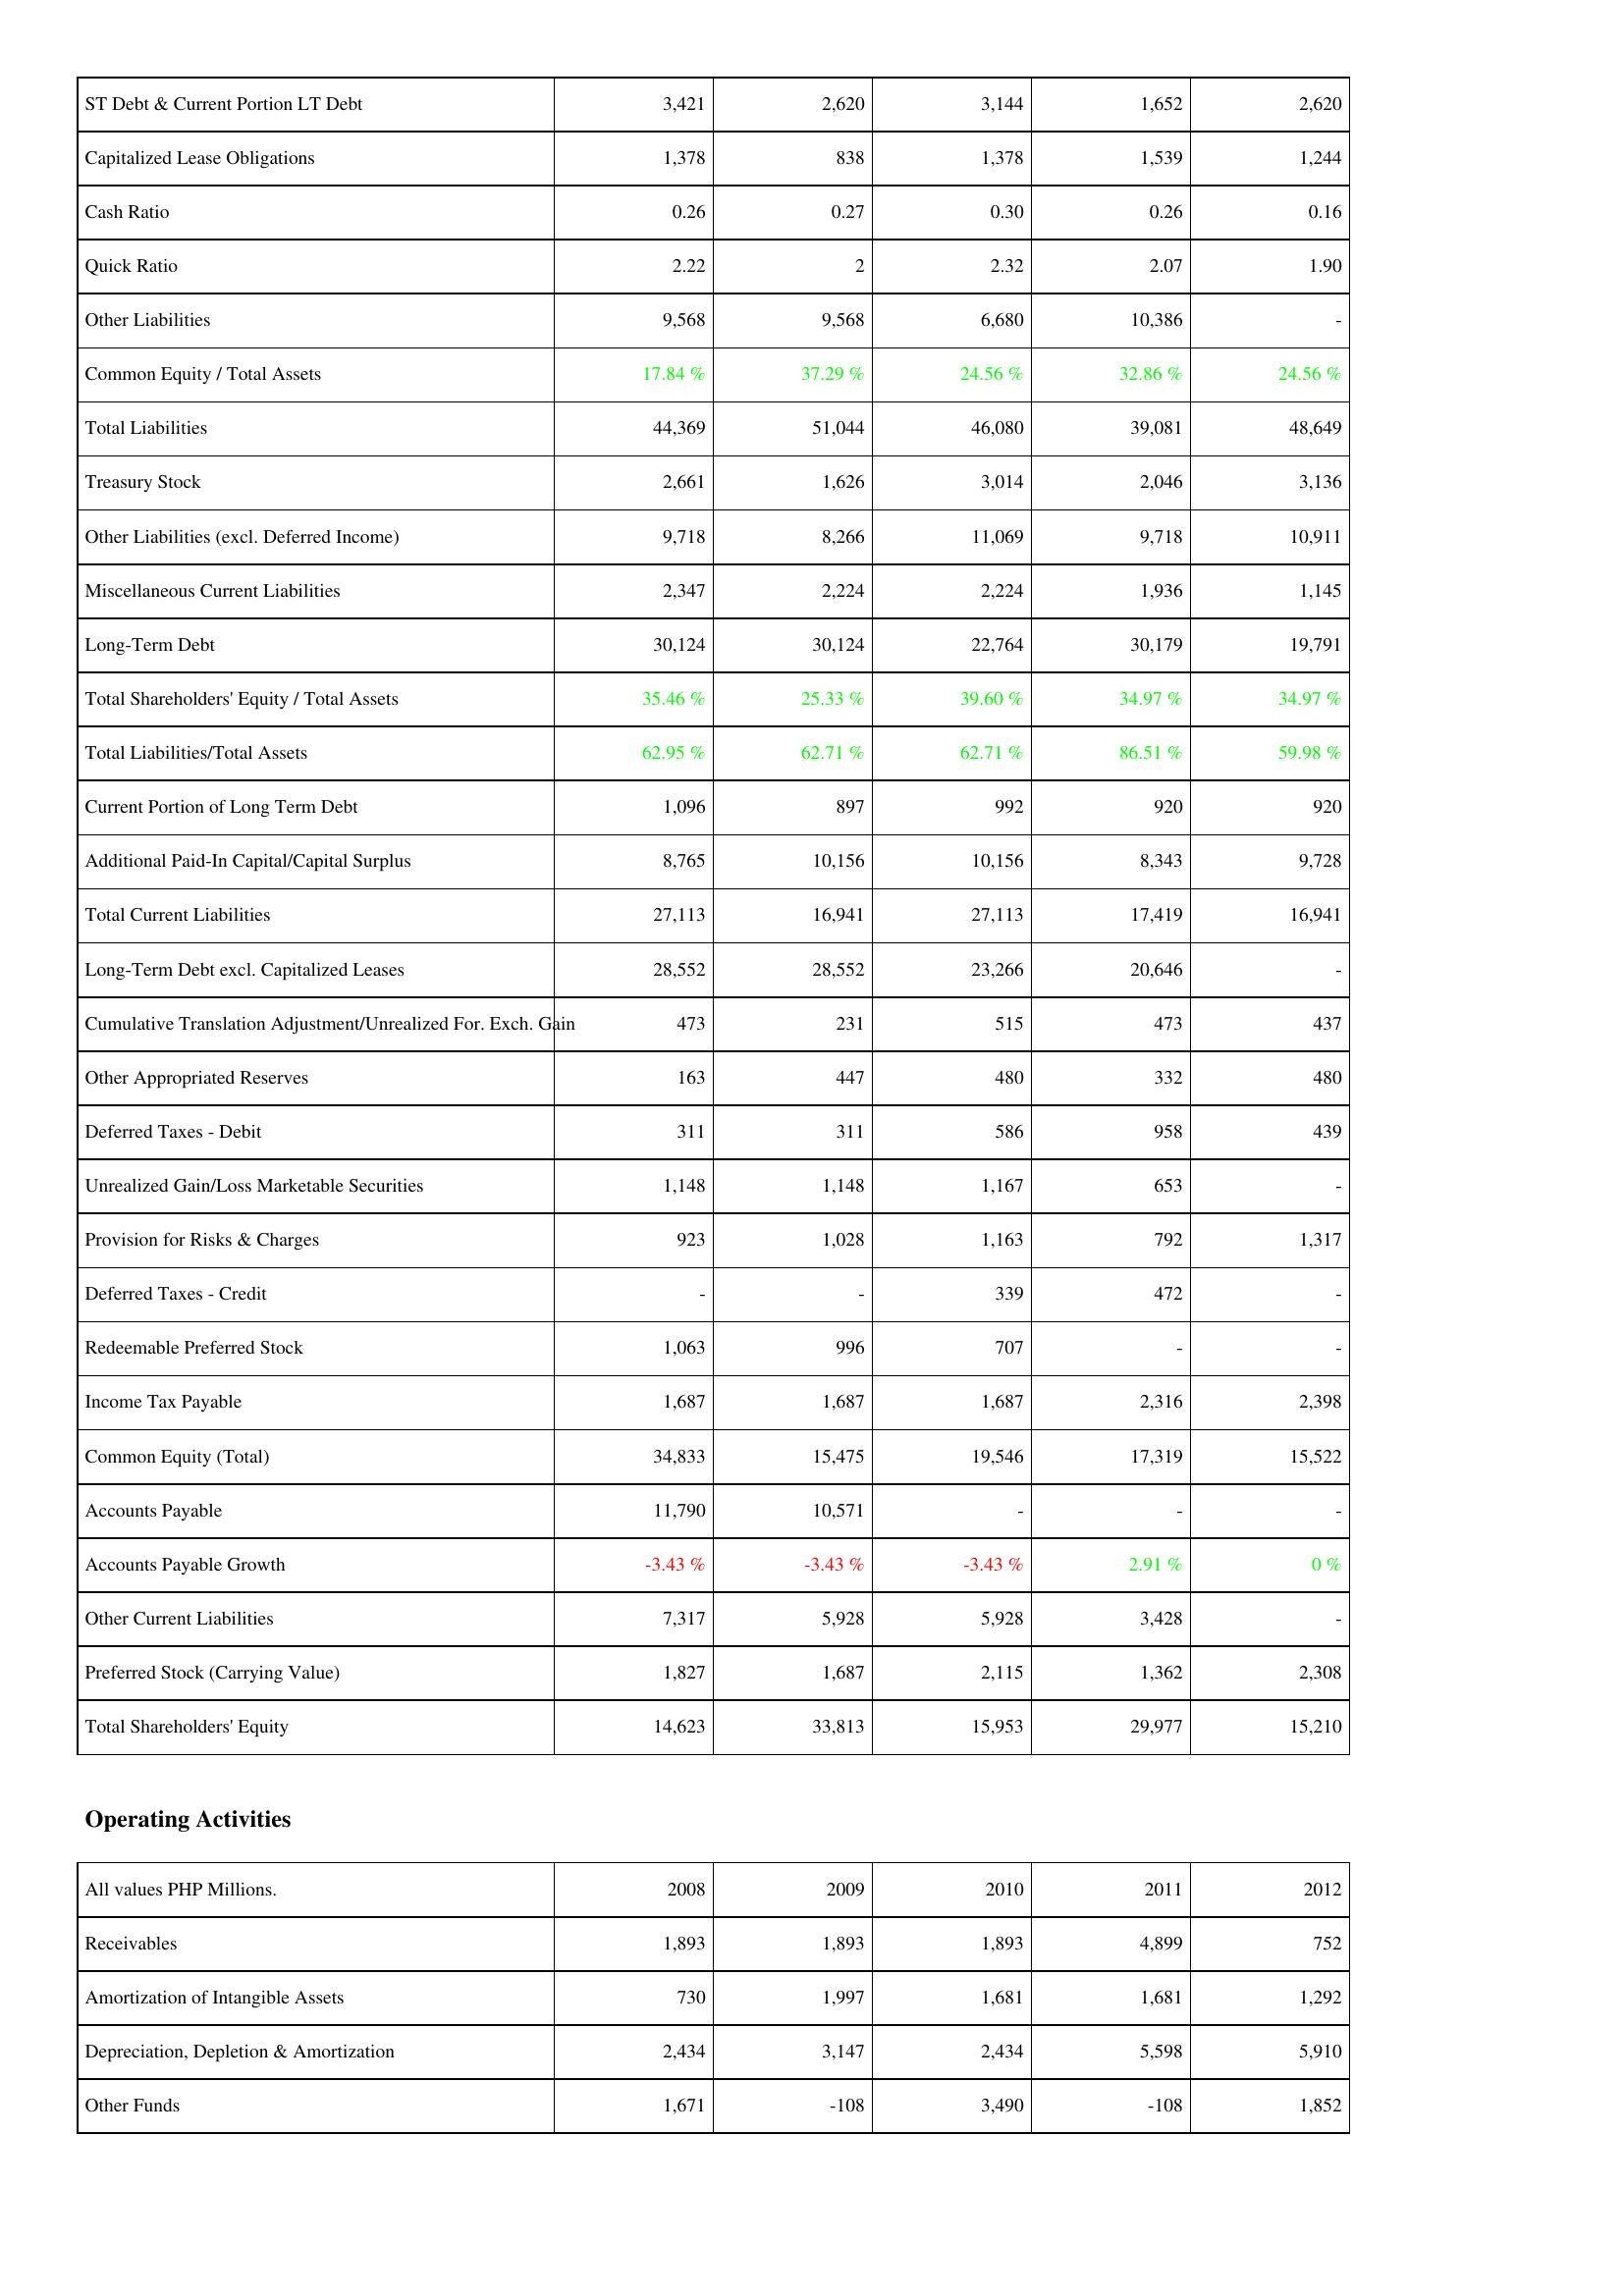
2008: Liabilities & Shareholders' Equity: ST Debt & Current Portion LT Debt: 3,421
Capitalized Lease Obligations: 1,378
Cash Ratio: 0.26
Quick Ratio: 2.22
Other Liabilities: 9,568
Common Equity / Total Assets: 17.84 %
Total Liabilities: 44,369
Treasury Stock: 2,661
Other Liabilities (excl. Deferred Income): 9,718
Miscellaneous Current Liabilities: 2,347
Long-Term Debt: 30,124
Total Shareholders' Equity / Total Assets: 35.46 %
Total Liabilities/Total Assets: 62.95 %
Current Portion of Long Term Debt: 1,096
Additional Paid-In Capital/Capital Surplus: 8,765
Total Current Liabilities: 27,113
Long-Term Debt excl. Capitalized Leases: 28,552
Cumulative Translation Adjustment/Unrealized For. Exch. Gain: 473
Other Appropriated Reserves: 163
Deferred Taxes - Debit: 311
Unrealized Gain/Loss Marketable Securities: 1,148
Provision for Risks & Charges: 923
Deferred Taxes - Credit: -
Redeemable Preferred Stock: 1,063
Income Tax Payable: 1,687
Common Equity (Total): 34,833
Accounts Payable: 11,790
Accounts Payable Growth: -3.43 %
Other Current Liabilities: 7,317
Preferred Stock (Carrying Value): 1,827
Total Shareholders' Equity: 14,623
Operating Activities: Receivables: 1,893
Amortization of Intangible Assets: 730
Depreciation, Depletion & Amortization: 2,434
Other Funds: 1,671
2009: Liabilities & Shareholders' Equity: ST Debt & Current Portion LT Debt: 2,620
Capitalized Lease Obligations: 838
Cash Ratio: 0.27
Quick Ratio: 2
Other Liabilities: 9,568
Common Equity / Total Assets: 37.29 %
Total Liabilities: 51,044
Treasury Stock: 1,626
Other Liabilities (excl. Deferred Income): 8,266
Miscellaneous Current Liabilities: 2,224
Long-Term Debt: 30,124
Total Shareholders' Equity / Total Assets: 25.33 %
Total Liabilities/Total Assets: 62.71 %
Current Portion of Long Term Debt: 897
Additional Paid-In Capital/Capital Surplus: 10,156
Total Current Liabilities: 16,941
Long-Term Debt excl. Capitalized Leases: 28,552
Cumulative Translation Adjustment/Unrealized For. Exch. Gain: 231
Other Appropriated Reserves: 447
Deferred Taxes - Debit: 311
Unrealized Gain/Loss Marketable Securities: 1,148
Provision for Risks & Charges: 1,028
Deferred Taxes - Credit: -
Redeemable Preferred Stock: 996
Income Tax Payable: 1,687
Common Equity (Total): 15,475
Accounts Payable: 10,571
Accounts Payable Growth: -3.43 %
Other Current Liabilities: 5,928
Preferred Stock (Carrying Value): 1,687
Total Shareholders' Equity: 33,813
Operating Activities: Receivables: 1,893
Amortization of Intangible Assets: 1,997
Depreciation, Depletion & Amortization: 3,147
Other Funds: -108
2010: Liabilities & Shareholders' Equity: ST Debt & Current Portion LT Debt: 3,144
Capitalized Lease Obligations: 1,378
Cash Ratio: 0.30
Quick Ratio: 2.32
Other Liabilities: 6,680
Common Equity / Total Assets: 24.56 %
Total Liabilities: 46,080
Treasury Stock: 3,014
Other Liabilities (excl. Deferred Income): 11,069
Miscellaneous Current Liabilities: 2,224
Long-Term Debt: 22,764
Total Shareholders' Equity / Total Assets: 39.60 %
Total Liabilities/Total Assets: 62.71 %
Current Portion of Long Term Debt: 992
Additional Paid-In Capital/Capital Surplus: 10,156
Total Current Liabilities: 27,113
Long-Term Debt excl. Capitalized Leases: 23,266
Cumulative Translation Adjustment/Unrealized For. Exch. Gain: 515
Other Appropriated Reserves: 480
Deferred Taxes - Debit: 586
Unrealized Gain/Loss Marketable Securities: 1,167
Provision for Risks & Charges: 1,163
Deferred Taxes - Credit: 339
Redeemable Preferred Stock: 707
Income Tax Payable: 1,687
Common Equity (Total): 19,546
Accounts Payable: -
Accounts Payable Growth: -3.43 %
Other Current Liabilities: 5,928
Preferred Stock (Carrying Value): 2,115
Total Shareholders' Equity: 15,953
Operating Activities: Receivables: 1,893
Amortization of Intangible Assets: 1,681
Depreciation, Depletion & Amortization: 2,434
Other Funds: 3,490
2011: Liabilities & Shareholders' Equity: ST Debt & Current Portion LT Debt: 1,652
Capitalized Lease Obligations: 1,539
Cash Ratio: 0.26
Quick Ratio: 2.07
Other Liabilities: 10,386
Common Equity / Total Assets: 32.86 %
Total Liabilities: 39,081
Treasury Stock: 2,046
Other Liabilities (excl. Deferred Income): 9,718
Miscellaneous Current Liabilities: 1,936
Long-Term Debt: 30,179
Total Shareholders' Equity / Total Assets: 34.97 %
Total Liabilities/Total Assets: 86.51 %
Current Portion of Long Term Debt: 920
Additional Paid-In Capital/Capital Surplus: 8,343
Total Current Liabilities: 17,419
Long-Term Debt excl. Capitalized Leases: 20,646
Cumulative Translation Adjustment/Unrealized For. Exch. Gain: 473
Other Appropriated Reserves: 332
Deferred Taxes - Debit: 958
Unrealized Gain/Loss Marketable Securities: 653
Provision for Risks & Charges: 792
Deferred Taxes - Credit: 472
Redeemable Preferred Stock: -
Income Tax Payable: 2,316
Common Equity (Total): 17,319
Accounts Payable: -
Accounts Payable Growth: 2.91 %
Other Current Liabilities: 3,428
Preferred Stock (Carrying Value): 1,362
Total Shareholders' Equity: 29,977
Operating Activities: Receivables: 4,899
Amortization of Intangible Assets: 1,681
Depreciation, Depletion & Amortization: 5,598
Other Funds: -108
2012: Liabilities & Shareholders' Equity: ST Debt & Current Portion LT Debt: 2,620
Capitalized Lease Obligations: 1,244
Cash Ratio: 0.16
Quick Ratio: 1.90
Other Liabilities: -
Common Equity / Total Assets: 24.56 %
Total Liabilities: 48,649
Treasury Stock: 3,136
Other Liabilities (excl. Deferred Income): 10,911
Miscellaneous Current Liabilities: 1,145
Long-Term Debt: 19,791
Total Shareholders' Equity / Total Assets: 34.97 %
Total Liabilities/Total Assets: 59.98 %
Current Portion of Long Term Debt: 920
Additional Paid-In Capital/Capital Surplus: 9,728
Total Current Liabilities: 16,941
Long-Term Debt excl. Capitalized Leases: -
Cumulative Translation Adjustment/Unrealized For. Exch. Gain: 437
Other Appropriated Reserves: 480
Deferred Taxes - Debit: 439
Unrealized Gain/Loss Marketable Securities: -
Provision for Risks & Charges: 1,317
Deferred Taxes - Credit: -
Redeemable Preferred Stock: -
Income Tax Payable: 2,398
Common Equity (Total): 15,522
Accounts Payable: -
Accounts Payable Growth: 0 %
Other Current Liabilities: -
Preferred Stock (Carrying Value): 2,308
Total Shareholders' Equity: 15,210
Operating Activities: Receivables: 752
Amortization of Intangible Assets: 1,292
Depreciation, Depletion & Amortization: 5,910
Other Funds: 1,852